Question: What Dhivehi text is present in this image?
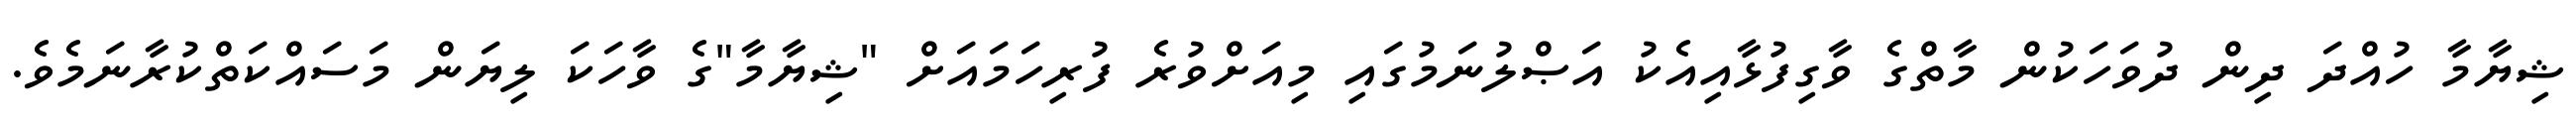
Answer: ޝިޔާމާ ހުއްދަ ދިން ދުވަހަކުން މާތްގެ ވާގިފުޅާއިއެކު އަޞްލުނަމުގައި މިއަށްވުރެ ފުރިހަމައަށް "ޝިޔާމާ"ގެ ވާހަކަ ލިޔަން މަސައްކަތްކުރާނަމެވެ.